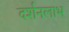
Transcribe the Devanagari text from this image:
दर्शनलाभ